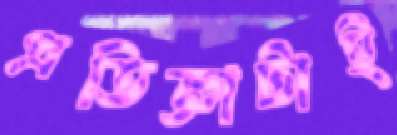
প্রতিজ্ঞাটাই